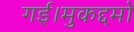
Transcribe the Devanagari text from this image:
गई।मुकद्दमों